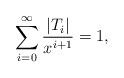
LaTeX: \begin{align*}\sum_{i=0}^{\infty} \frac{|T_i|}{x^{i+1}} = 1,\end{align*}